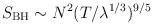
LaTeX: \begin{align*}S_{\rm BH} \sim N^2 (T / \lambda^{1/3})^{9/5}\end{align*}